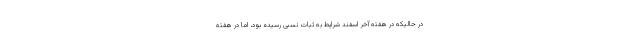
در حالیکه در هفته آخر اسفند شرایط به ثبات نسبی رسیده بود، اما در هفته